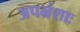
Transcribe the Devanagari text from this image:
अपभ्रंशाः